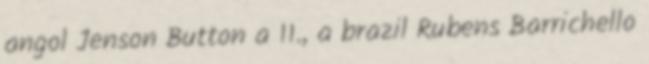
angol Jenson Button a 11., a brazil Rubens Barrichello